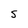
Character: S